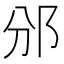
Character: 邠